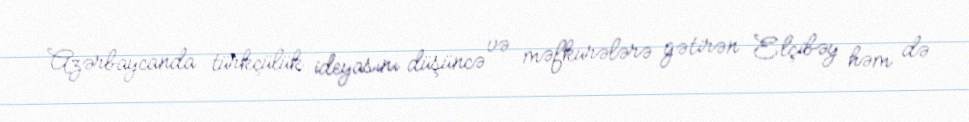
Azərbaycanda türkçülük ideyasını düşüncə və məfkurələrə gətirən Elçibəy həm də